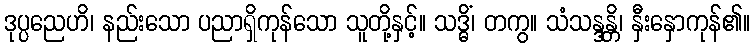
ဒုပ္ပညေဟိ၊ နည်းသော ပညာရှိကုန်သော သူတို့နှင့်။ သဒ္ဓိံ၊ တကွ။ သံသန္ဒန္တိ၊ နှီးနှောကုန်၏။